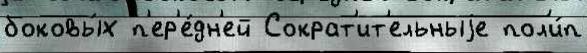
боковы́х п'ер'е́дн'ей Сократ'ит'ельныjе пол'и́п